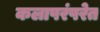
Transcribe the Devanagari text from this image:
कलापरंपरेत